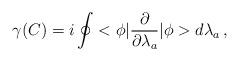
LaTeX: \begin{align*}\gamma(C)=i\oint<\phi|\frac{\partial}{\partial\lambda_a}|\phi>d\lambda_a\,{,}\end{align*}